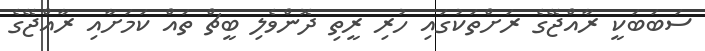
ސަބަބަކީ ރާއްޖޭގެ ރަށްތަކުގައި ހުރި ރީތި ދޮންވެލި ބީޗް ތައް ކަމަށާއި ރާއްޖޭގެ